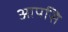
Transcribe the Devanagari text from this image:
आपसि